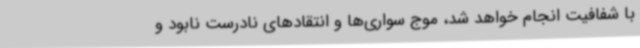
با شفافیت انجام خواهد شد، موج سواری‌ها و انتقادهای نادرست نابود و